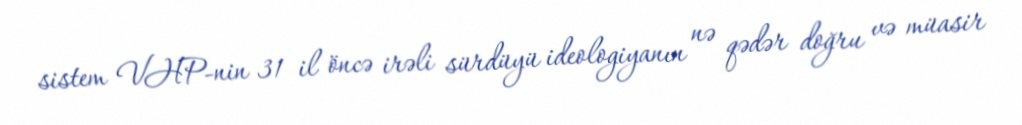
sistem VHP-nin 31 il öncə irəli sürdüyü ideologiyanın nə qədər doğru və müasir